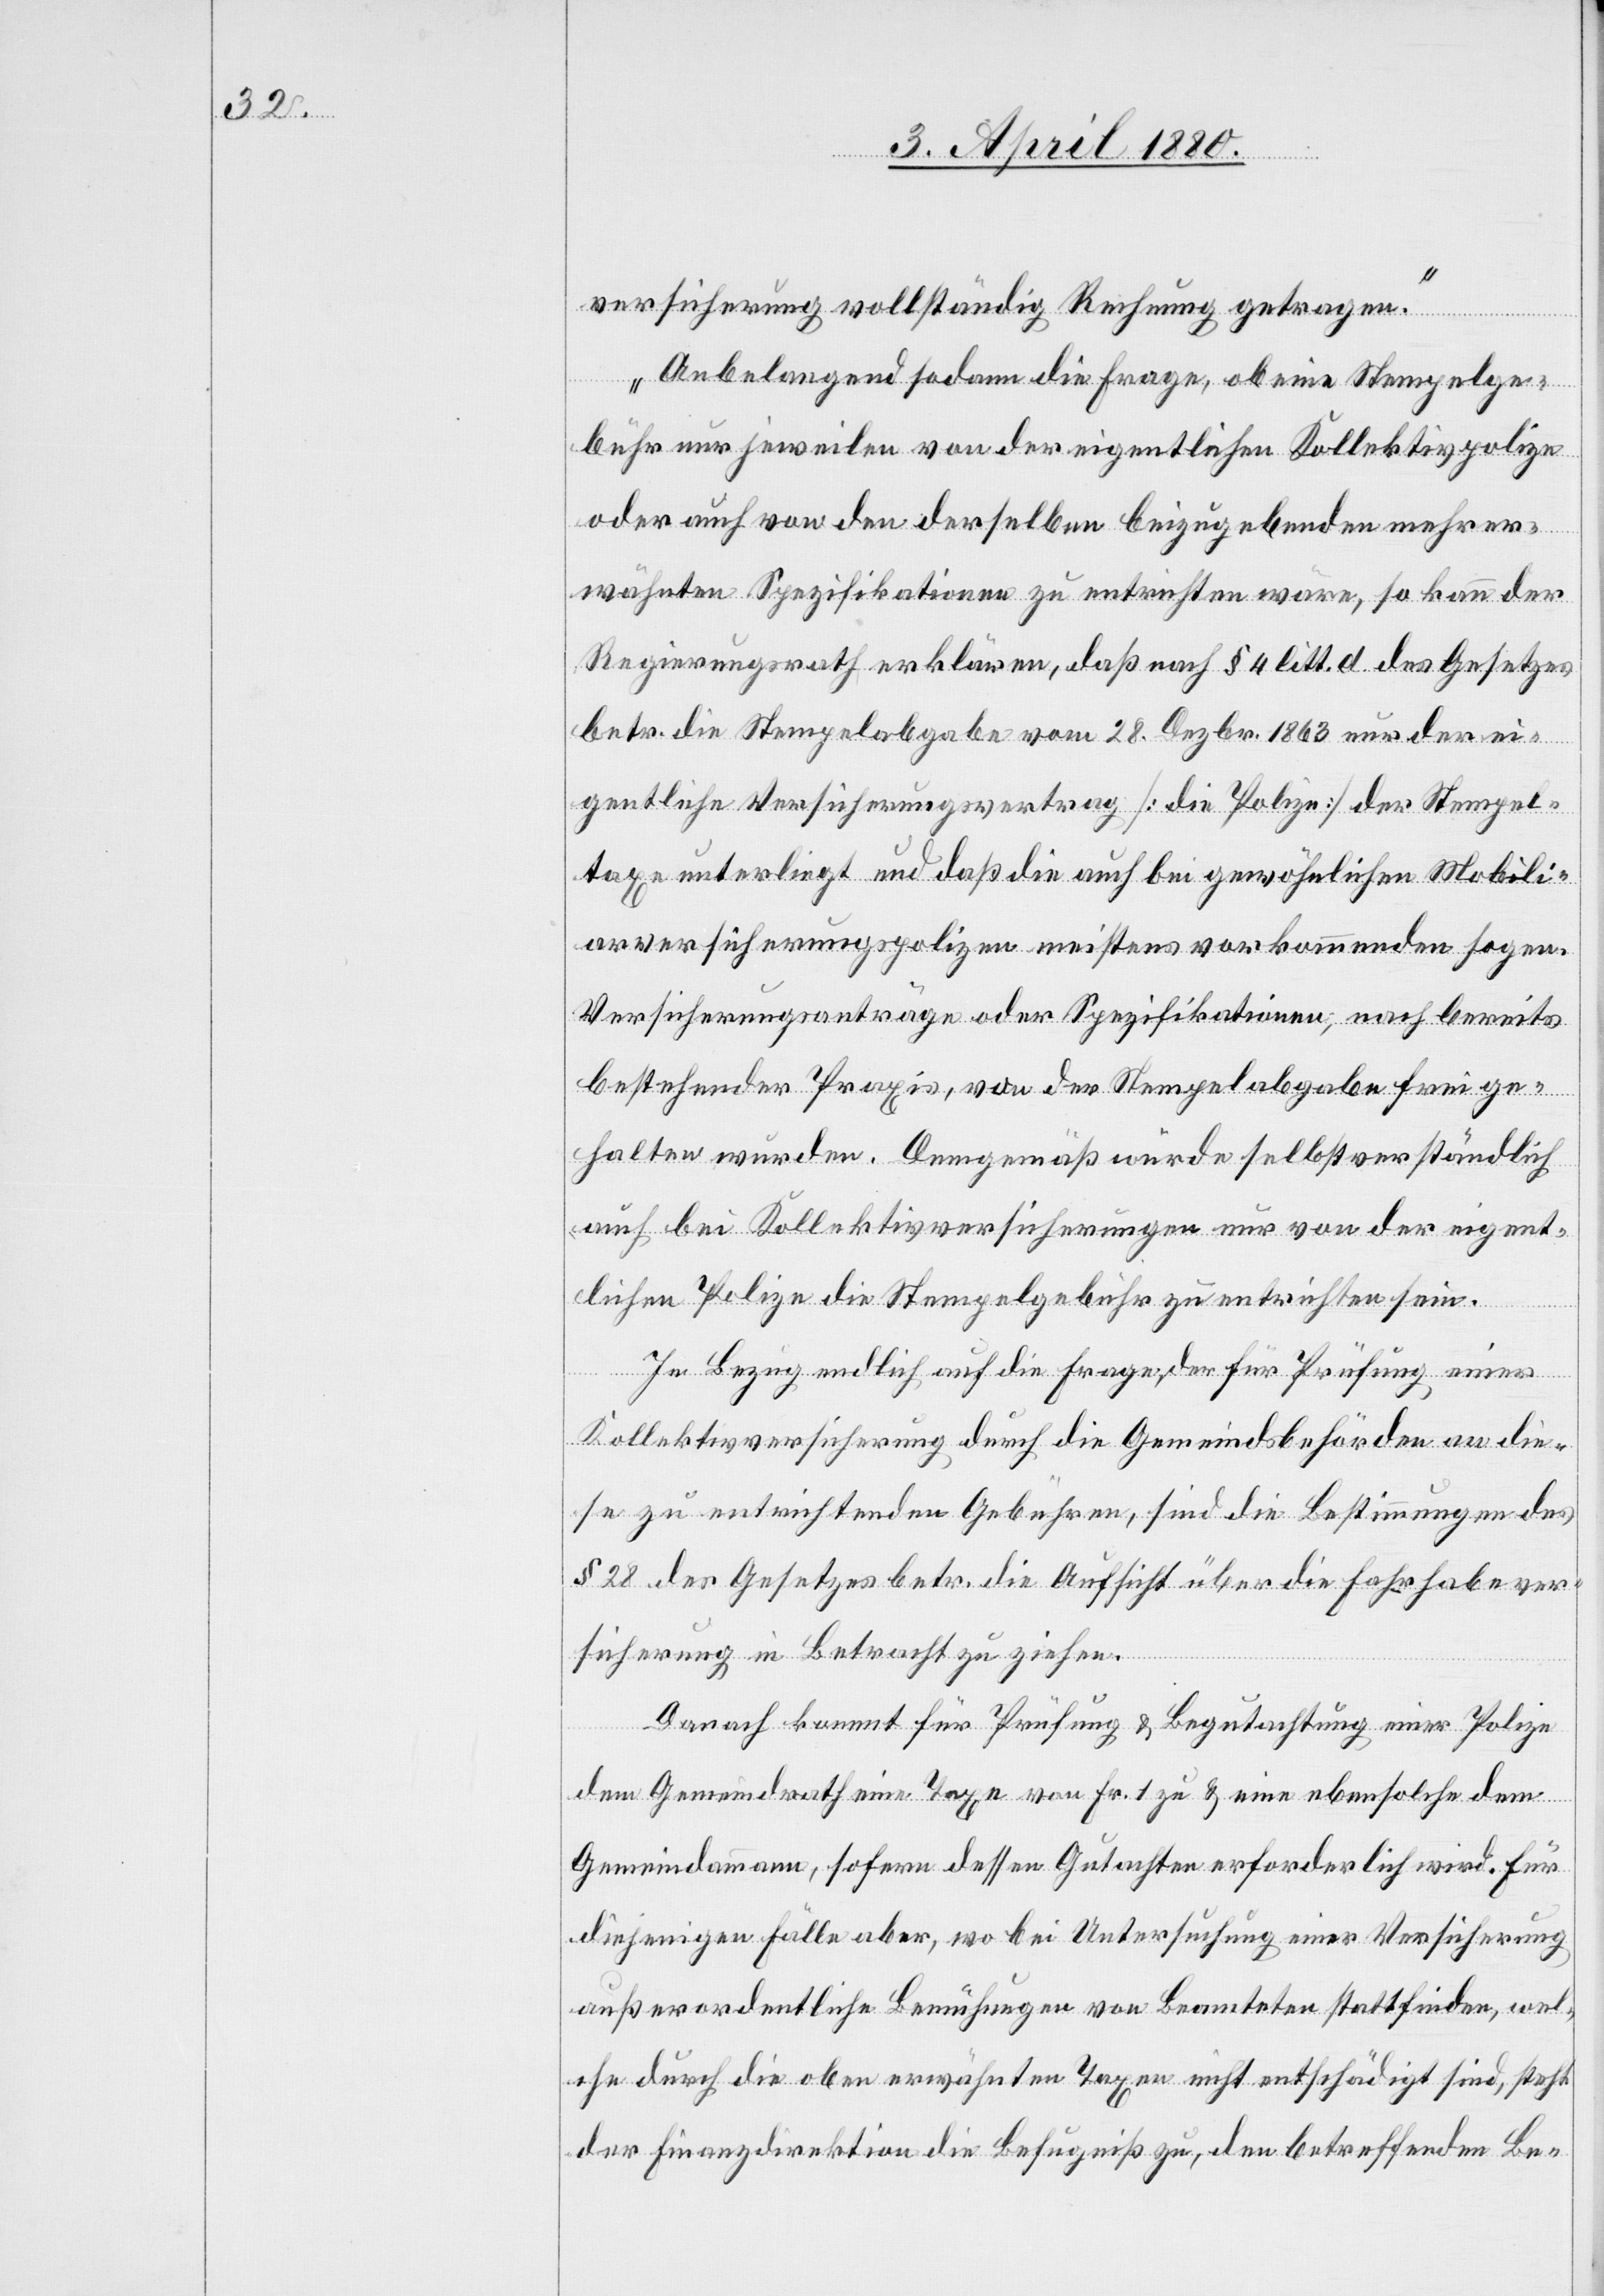
versicherung vollständig Rechnung getragen.
Anbelangend sodann die Frage, ob eine Stempelge¬
bühr nur jeweilen von der eigentlichen Kollektivpolize
oder auch von den derselben beizugebenden mehrer¬
wähnten Spezifikationen zu entrichten wäre, so kann der
Regierungsrath erklären, daß nach § 4 litt. d des Gesetzes
betr. die Stempelabgabe vom 28. Dezbr. 1863 nur der ei¬
gentliche Versicherungsvertrag [die Polize] der Stempel¬
taxe unterliegt und daß die auch bei gewöhnlichen Mobili¬
arversicherungspolizen meistens vorkommenden sogen.
Versicherungsanträge oder Spezifikationen, nach bereits
bestehender Praxis, von der Stempelabgabe frei ge¬
halten wurden. Demgemäß würde selbstverständlich
auch bei Kollektivversicherungen nur von der eigent¬
lichen Polize die Stempelgebühr zu entrichten sein.
In Bezug endlich auf die Frage, der für Prüfung einer
Kollektivversicherung durch die Gemeindsbehörde an die¬
se zu entrichtenden Gebühren, sind die Bestimmungen des
§ 28 des Gesetzes betr. die Aufsicht über die Fahrhabever¬
sicherung in Betracht zu ziehen.
Danach kommt für Prüfung & Begutachtung einer Polize
dem Gemeindrath eine Taxe von Fr. 1 zu & eine ebensolche dem
Gemeindammann, sofern dessen Gutachten erforderlich wird. Für
diejenigen Fälle aber, wo bei Untersuchung einer Versicherung
außerordentliche Bemühungen von Beamteten stattfinden, wel¬
che durch die oben erwähnten Taxen nicht entschädigt sind, steht
der Finanzdirektion die Befugniß zu, den betreffenden Be-